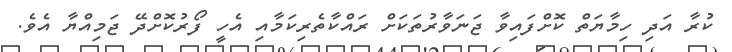
ކުރާ އަދި ހިމާޔަތް ކޮށްފައިވާ ޖަނަވާރުތަކަށް ރައްކާތެރިކަމާއި އެހީ ފޯރުކޮށްދޭ ޖަމިއްޔާ އެވެ.